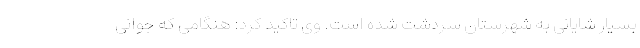
بسیار شایانی به شهرستان سردشت شده است. وی تاکید کرد: هنگامی که جوانی